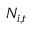
N _ { i , t }